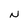
Character: N